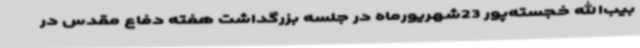
بیب‌الله خجسته‌پور 23شهریورماه در جلسه بزرگداشت هفته دفاع مقدس در